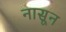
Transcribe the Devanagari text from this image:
नासून